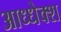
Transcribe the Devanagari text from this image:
आध्धेक्श